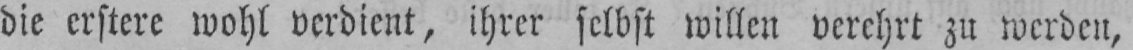
die erstere wohl verdient, ihrer selbst willen verehrt zu werden,